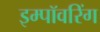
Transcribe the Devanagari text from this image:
इम्पॉवरिंग